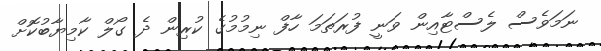
ނަމަވެސް ލެސްޓާއިން ވަނީ ފުރަތަމަ ހާފް ނިމުމުގެ ކުރިން ދެ ގޯލް ކާމިޔާބުކޮށް